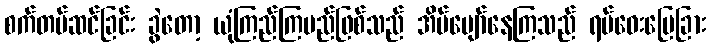
စက်တပ်ဆင်ခြင်း ခွဲတော့ ယုံကြည်ကြမည်ဖြစ်သည် အိပ်ပျော်နေကြသည် ရပ်ဝေးမြေခြား